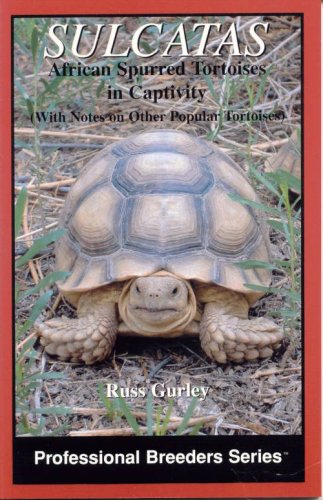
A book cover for Sulcatas: African Spurred Tortoises in Captivity (Professional Breeders Series); Russ Gurley; Crafts, Hobbies & Home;